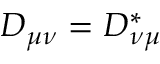
D _ { \mu \nu } = D _ { \nu \mu } ^ { * }